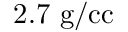
2 . 7 \ \mathrm { g / c c }